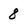
Character: 8